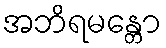
အဘိရမန္တော